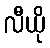
လီယို